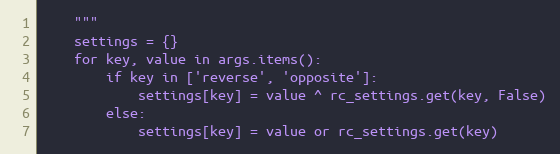
Language: Python
    """
    settings = {}
    for key, value in args.items():
        if key in ['reverse', 'opposite']:
            settings[key] = value ^ rc_settings.get(key, False)
        else:
            settings[key] = value or rc_settings.get(key)